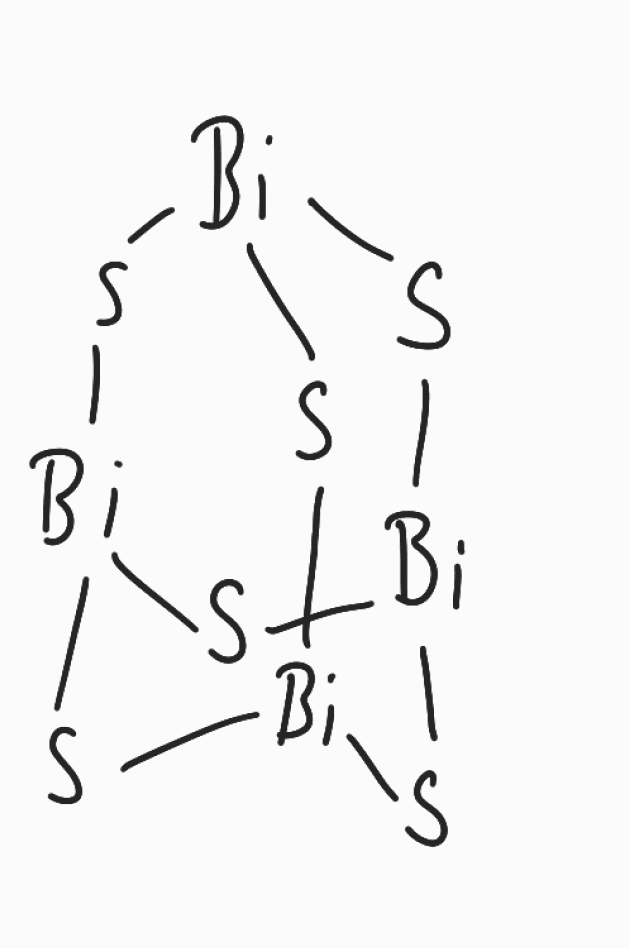
Simplified molecular-input line-entry system (SMILES) notation of the given molecule:
S1[Bi]2S[Bi]3S[Bi]1S[Bi](S2)S3